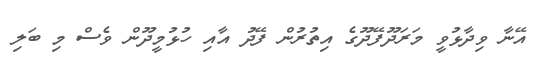
އޭނާ ވިދާޅުވީ މަރަދޫފޭދޫގެ އިތުރުން ފޭދު އާއި ހުޅުމީދޫން ވެސް މި ބަލި